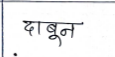
मजकूर: दाबुन